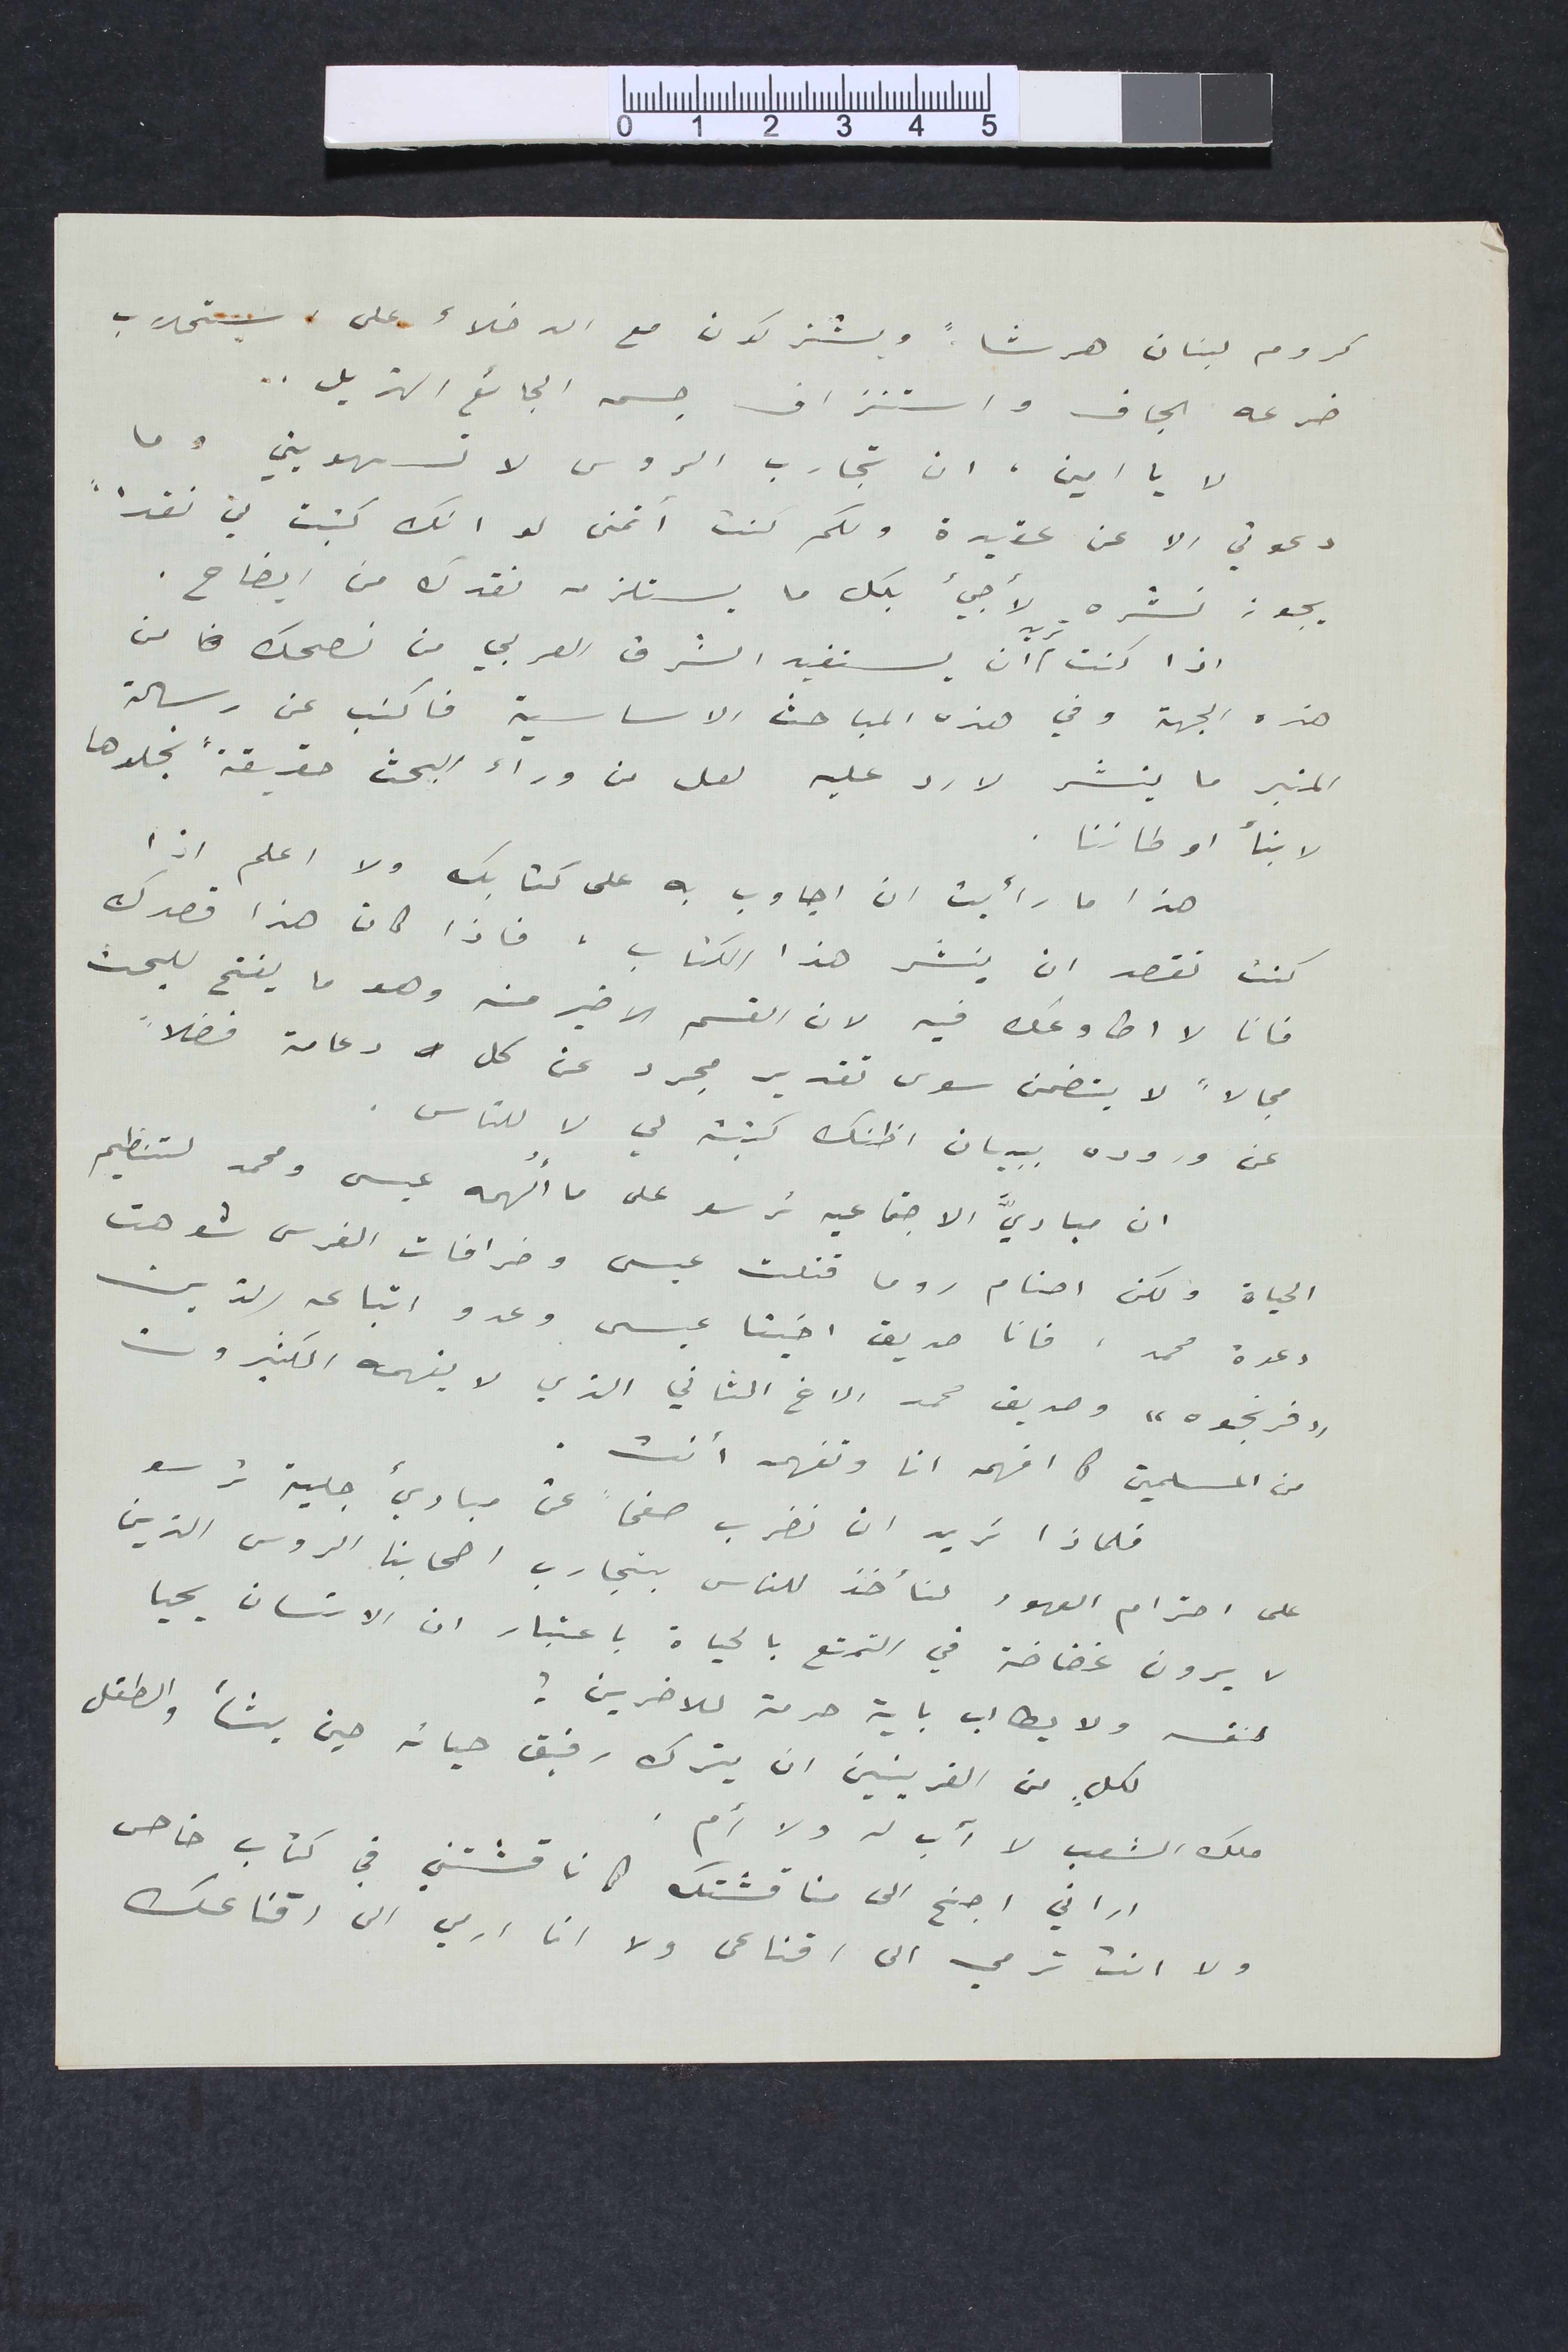
كروم لبنان هرشاً ويشتركون مع الدخلاء على استحلاب
ضرعه الجاف واستنزاف جسمه الجائع الهزيل ..
لا يا امين ان تجارب الروس لا تسهويني وما
دعوتي الا عن عقيدة ولكم كنت أتمنى لو انك كتبت لي نقداً
يجوز نشره لأجيء بك ما يستلزمه نقدك من ايضاح.
اذا كنت تريد ان يستفيد الشرق العربي من نصحك من
هذه الجهة وفي هذه المباحث الاساسية فاكتب عن رسالة
المنبر ما ينشر لارد عليه لعل من وراء البحث حقيقة نجلوها
لابنأ اوطاننا.
هذا ما رأيت ان اجاوب به على كتابك ولا اعلم اذا
كنت تقصد ان ينشر هذا الكتاب . فاذا كان هذا قصدك
فانا لا اطاوعك فيه لان القسم الاخير منه وهو ما يفتح للبحث
مجالاً لا يتضمن سوى تقدير مجرد عن كل دعامة فضلاً
عن وروده ببيان اظنك كتبته لي لا للناس.
ان مباديَّ الاجتماعية ترسو على ما أُلهمه عيسى ومحمد لتنظيم
الحياة ولكن اصنام روما قتلت عيسى وخرافات الفرس شوهت
دعوة محمد. فانا صديق اخينا عيسى وعدو اتباعه الذين
" فرنجوه " وصديق محمد الاخ الثاني الذي لا يفهمه الكثيرون
من المسلمين كما افهمه انا وتفهمه انت.
فلماذا تريد ان نضرب صفحاً عن مباديء جلية ترسو

على احترام العهود لنأخذ للناس بتجارب اصحابنا الروس الذين
لا يرون غضاضة في التمتع بالحياة باعتبار ان الانسان يحيا
لنفسه ولا يطالب باية حرية للأخرين!
لكلٍ من القرينين ان يترك رفيق حياته حين يشأ والطفل
ملك الشعب لا أب ولا أم.
أراني اجنح الى مناقشتك كما ناقشتني في كتاب خاص
ولا انت ترمي الى اقناعى ولا انا ارمي الى اقناعك